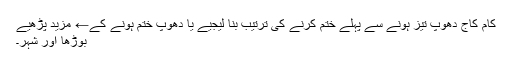
کام کاج دھوپ تیز ہونے سے پہلے ختم کرنے کی ترتیب بنا لیجیے یا دھوپ ختم ہونے کے← مزید پڑھیے
بوڑھا اور شہر۔